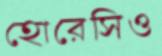
হোরেসিও